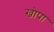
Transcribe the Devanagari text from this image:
खोपा